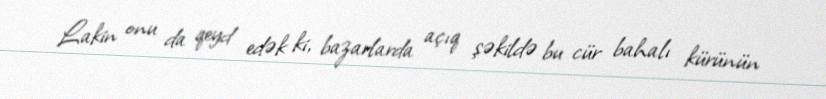
Lakin onu da qeyd edək ki, bazarlarda açıq şəkildə bu cür bahalı kürünün